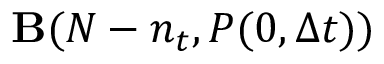
{ \bf B } ( N - n _ { t } , P ( 0 , \Delta t ) )